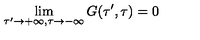
\lim _ { \tau ^ { \prime } \rightarrow + \infty , \tau \rightarrow - \infty } G ( \tau ^ { \prime } , \tau ) = 0